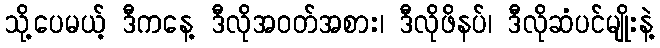
သို့ပေမယ့် ဒီကနေ့ ဒီလိုအဝတ်အစား၊ ဒီလိုဖိနပ်၊ ဒီလိုဆံပင်မျိုးနဲ့